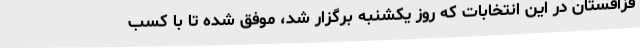
قزاقستان در این انتخابات که روز یکشنبه برگزار شد، موفق شده تا با کسب